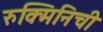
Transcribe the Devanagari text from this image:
रुक्मिनिची